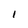
Character: 1